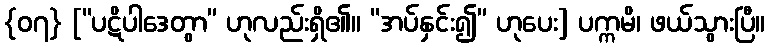
{၀၇} [“ပဋိပါဒေတွာ” ဟုလည်းရှိ၏။ “အပ်နှင်း၍” ဟုပေး] ပက္ကမိ၊ ဖယ်သွားပြီ။